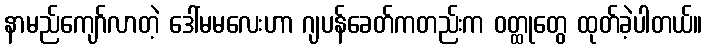
နာမည်ကျော်လာတဲ့ ဒေါ်မမလေးဟာ ဂျပန်ခေတ်ကတည်းက ဝတ္ထုတွေ ထုတ်ခဲ့ပါတယ်။